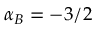
\alpha _ { B } = - 3 / 2